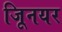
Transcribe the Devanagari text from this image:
जूिनयर